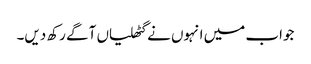
جواب میں انہوں نے گٹھلیاں آگے رکھ دیں۔